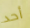
أحد